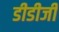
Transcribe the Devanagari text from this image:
डीडीजी